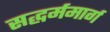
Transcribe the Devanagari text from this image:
सद्धर्ममार्ग